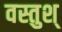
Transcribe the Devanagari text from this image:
वस्तुश्